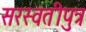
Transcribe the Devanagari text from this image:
सरस्वतीपुत्र